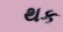
થક